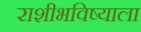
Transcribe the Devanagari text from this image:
राशीभविष्याला